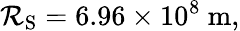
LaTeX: \mathcal{R}_{\mathrm{{{S}}}}=6.96\times10^{8}\ \mathrm{{m}},